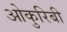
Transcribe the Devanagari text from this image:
ओकुरिबी